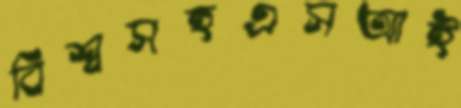
বিশ্বসহএসআই